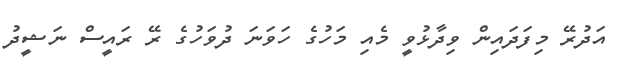
އަދުރޭ މިފަދައިން ވިދާޅުވީ މެއި މަހުގެ ހަވަނަ ދުވަހުގެ ރޭ ރައީސް ނަޝީދު